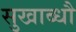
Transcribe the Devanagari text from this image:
सुखाब्धौ